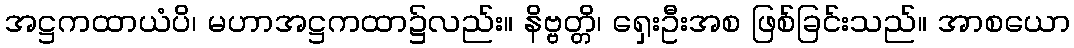
အဋ္ဌကထာယံပိ၊ မဟာအဋ္ဌကထာ၌လည်း။ နိဗ္ဗတ္တိ၊ ရှေးဦးအစ ဖြစ်ခြင်းသည်။ အာစယော